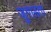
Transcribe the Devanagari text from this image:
जुगाड़ता